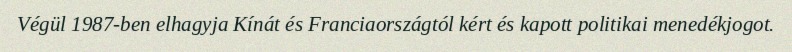
Végül 1987-ben elhagyja Kínát és Franciaországtól kért és kapott politikai menedékjogot.